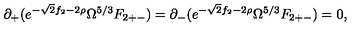
\partial _ { + } ( e ^ { - \sqrt { 2 } f _ { 2 } - 2 \rho } \Omega ^ { 5 / 3 } F _ { 2 + - } ) = \partial _ { - } ( e ^ { - \sqrt { 2 } f _ { 2 } - 2 \rho } \Omega ^ { 5 / 3 } F _ { 2 + - } ) = 0 ,